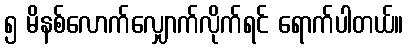
၅ မိနစ်လောက်လျှောက်လိုက်ရင် ရောက်ပါတယ်။